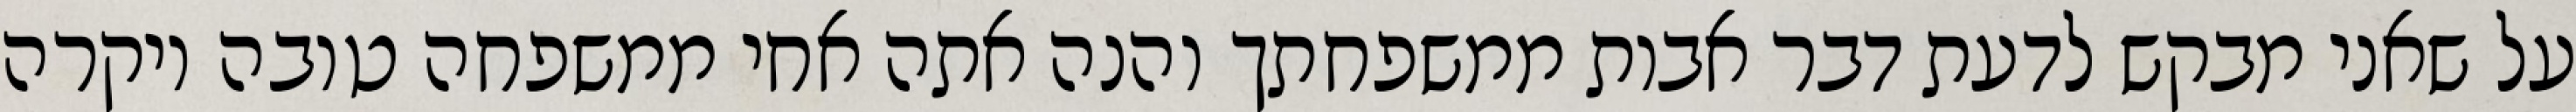
על שאני מבקש לדעת דבר אבות ממשפחתך והנה אתה אחי ממשפחה טובה ויקרה